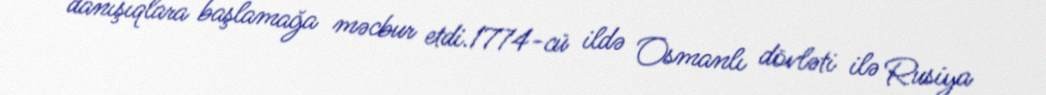
danışıqlara başlamağa məcbur etdi.1774-cü ildə Osmanlı dövləti ilə Rusiya